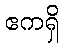
ဧကရှိ